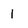
Character: 1